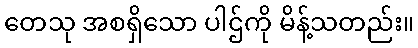
တေသု အစရှိသော ပါဌ်ကို မိန့်သတည်း။